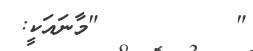
"         "މާނައަކީ: